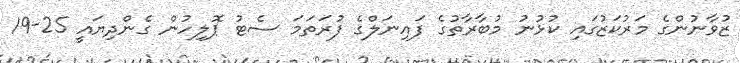
ޒުވާނުންގެ މަރުކަޒުގައި ކުޅުނު މުބާރާތުގެ ފައިނަލްގެ ފުރަތަމަ ސެޓު ޕޮލިހުން ގެންދިޔައީ 25-19